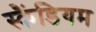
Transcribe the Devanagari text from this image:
स्कैंडियम